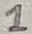
Text: 1